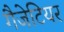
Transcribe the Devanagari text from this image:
गैजेटियर